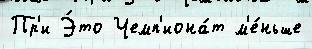
Пр'и Э́то Чемп'иона́т м'е́ньше